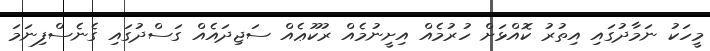
މީހަކު ނަމާދުގައި އިތުރު ކޮއްޅަށް ހުރުމެއް އިށީނުމެއް ރުކޫޢެއް ސަޖިދައެއް ގަސްދުގައި ގެނެސްފިނަމަ